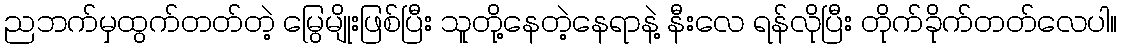
ညဘက်မှထွက်တတ်တဲ့ မြွေမျိုးဖြစ်ပြီး သူတို့နေတဲ့နေရာနဲ့ နီးလေ ရန်လိုပြီး တိုက်ခိုက်တတ်လေပါ။